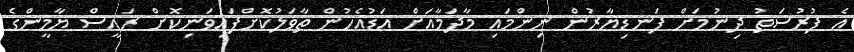
އެ ފުރުސަތު ދިނުމަށް ފަނޑިޔާރުން ނިންމައި މާދަމާއަށް އަޑުއެހުން ތާވަލުކޮށްފައިވަނިކޮށް ރައީސް ޔާމީންގެ